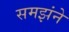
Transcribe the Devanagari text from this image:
समझंने